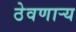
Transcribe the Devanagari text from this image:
ठेवणाऱ्य